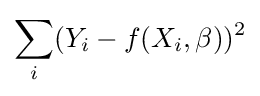
\sum _{i}(Y_{i}-f(X_{i},\beta ))^{2}